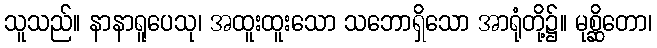
သူသည်။ နာနာရူပေသု၊ အထူးထူးသော သဘောရှိသော အာရုံတို့၌။ မုစ္ဆိတော၊